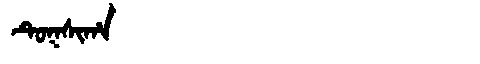
Manchu: ᡨᡠᡴᠰᡳᡥᠠ
Romanization: TUKSIHA